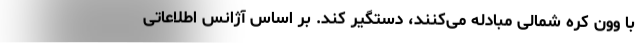
با وون کره شمالی مبادله می‌کنند، دستگیر کند. بر اساس آژانس اطلاعاتی